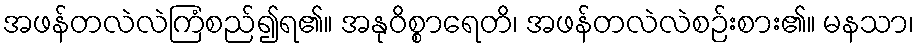
အဖန်တလဲလဲကြံစည်၍ရ၏။ အနုဝိစ္စာရေတိ၊ အဖန်တလဲလဲစဉ်းစား၏။ မနသာ၊